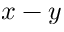
x - y